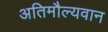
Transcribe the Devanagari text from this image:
अतिमौल्यवान